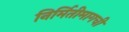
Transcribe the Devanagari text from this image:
निर्मितीमागची